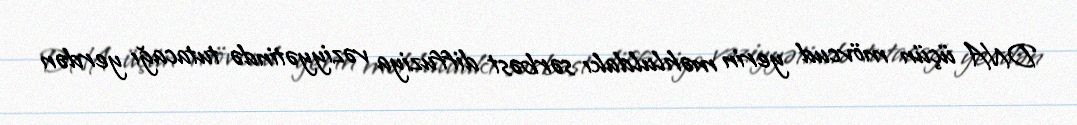
DNA üçün mövcud yerin məhluldakı sərbəst diffuziya vəziyyətində tutacağı yerdən